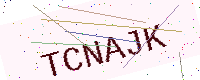
Text: TCNAJK